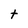
Character: t